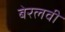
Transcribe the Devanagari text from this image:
बेरलवी